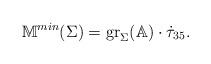
LaTeX: \begin{align*} \mathbb{M}^{min}(\Sigma)=\mathrm{gr}_\Sigma(\mathbb{A})\cdot\dot\tau_{35}. \end{align*}